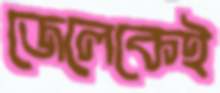
জেলেকেই